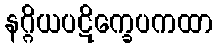
နဂ္ဂိယပဋိက္ခေပကထာ